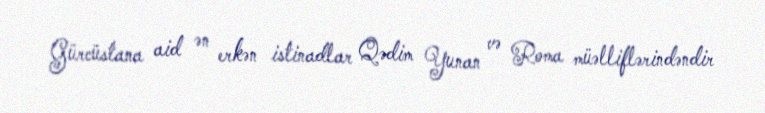
Gürcüstana aid ən erkən istinadlar Qədim Yunan və Roma müəlliflərindəndir